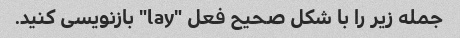
جمله زیر را با شکل صحیح فعل "lay" بازنویسی کنید.